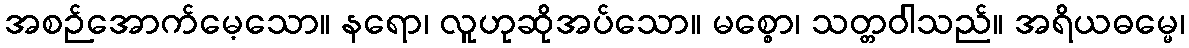
အစဉ်အောက်မေ့သော။ နရော၊ လူဟုဆိုအပ်သော။ မစ္စော၊ သတ္တဝါသည်။ အရိယဓမ္မေ၊